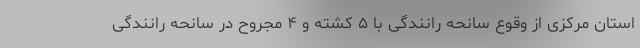
استان مرکزی از وقوع سانحه رانندگی با ۵ کشته و ۴ مجروح در سانحه رانندگی